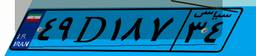
۴۹D۱۸۷۳۴